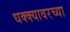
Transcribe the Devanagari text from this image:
धक्क्यावरच्या